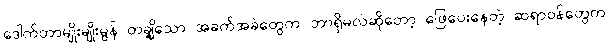
ဒေါက်တာမျိုးမျိုးမွန် တချို့သော အခက်အခဲတွေက ဘာရှိမလဲဆိုတော့ ဖြေပေးနေတဲ့ ဆရာဝန်တွေက